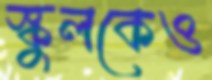
স্কুলকেও